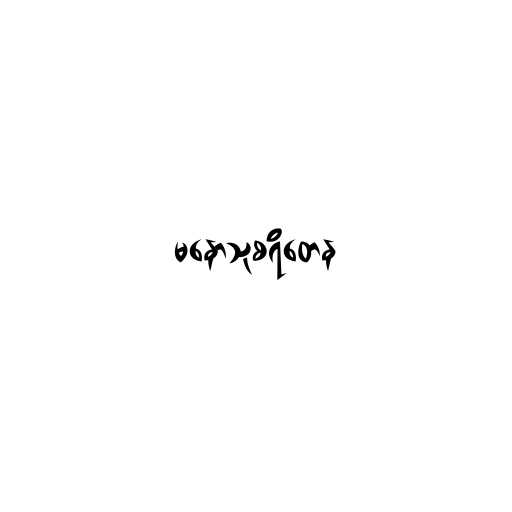
မနောသုစရိတေန